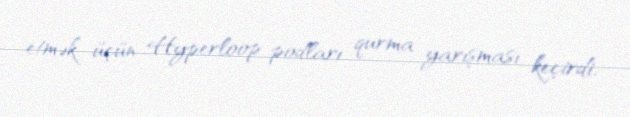
etmək üçün Hyperloop podları qurma yarışması keçirdi.